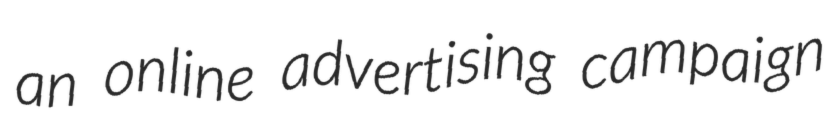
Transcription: an online advertising campaign